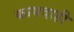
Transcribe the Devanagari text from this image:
कायदाही